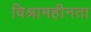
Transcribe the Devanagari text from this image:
विश्रामहीनता